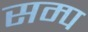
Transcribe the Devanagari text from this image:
सम्प